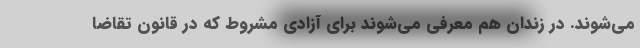
می‌شوند. در زندان هم معرفی می‌شوند برای آزادی مشروط که در قانون تقاضا